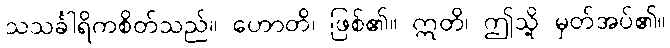
သသင်္ခါရိကစိတ်သည်။ ဟောတိ၊ ဖြစ်၏။ ဣတိ၊ ဤသို့ မှတ်အပ်၏။